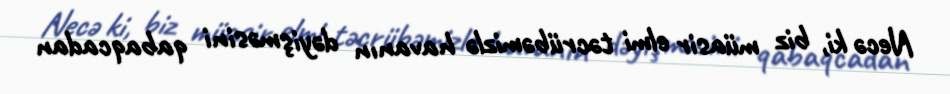
Necə ki, biz müasir elmi təcrübəmizlə havanın dəyişməsini qabaqcadan